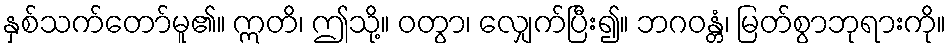
နှစ်သက်တော်မူ၏။ ဣတိ၊ ဤသို့။ ဝတွာ၊ လျှေက်ပြီး၍။ ဘဂဝန္တံ၊ မြတ်စွာဘုရားကို။